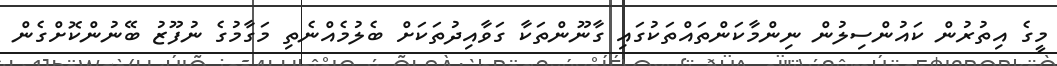
މީގެ އިތުރުން ކައުންސިލުން ނިންމާކަންތައްތަކުގައި ގާނޫންތަކާ ގަވާއިދުތަކަށް ބެލުމެއްނެތި މަގާމުގެ ނުފޫޒު ބޭނުންކޮށްގެން